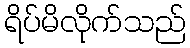
ရိပ်မိလိုက်သည်